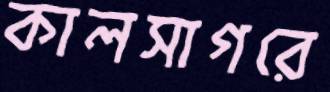
কালসাগরে